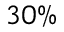
3 0 \%